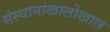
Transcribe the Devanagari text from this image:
संस्थानांखालोखाल